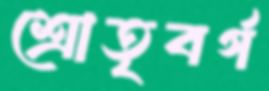
শ্রোতৃবর্গ